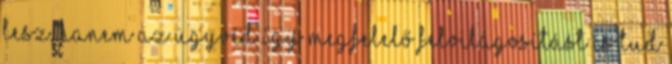
lesz, hanem az ügyvéd így megfelelő felvilágosítást is tud